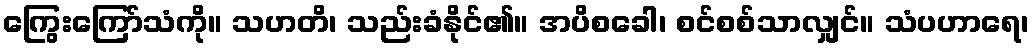
ကြွေးကြော်သံကို။ သဟတိ၊ သည်းခံနိုင်၏။ အပိစခေါ၊ စင်စစ်သာလျှင်။ သံပဟာရေ၊